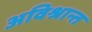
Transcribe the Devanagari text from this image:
अविश्रान्त